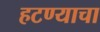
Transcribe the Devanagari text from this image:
हटण्याचा